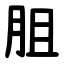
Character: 䏣